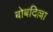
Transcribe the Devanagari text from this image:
बोबदिल्ला